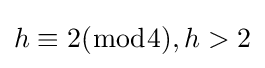
h\equiv 2({\bmod {4}}),h>2